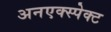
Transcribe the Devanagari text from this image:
अनएक्स्पेक्ट